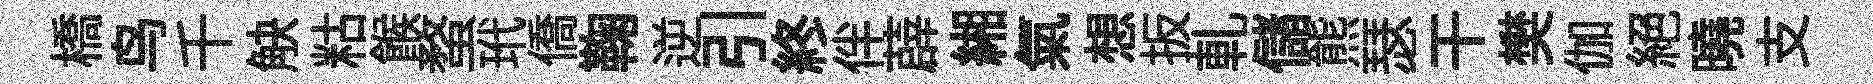
橋鸟千觖䊀餱蝥玳僑鞠逆引終伴薜緗氣想扳軋儲熊瑟干樊伽絕曉支